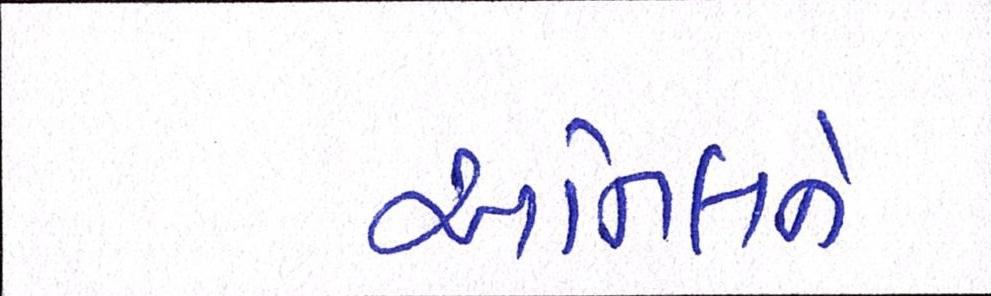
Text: અનિલને